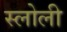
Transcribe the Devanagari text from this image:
स्लोली